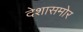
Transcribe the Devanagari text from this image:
देशासमोर